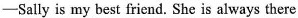
-Sally is my best friend. She is always there